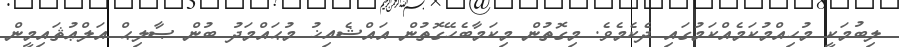
ލިބުމަކީ މުހިއްމުކަމެއްކަމުގައި ދެކެމެވެ. މިގޮތުން މިކަމާބެހޭގޮތުން އައްޝެއިޚު މުޙައްމަދު ބުން ޞާލިޙް އަލްޢުޘައިމީން